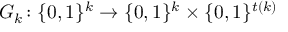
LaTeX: G _ { k } \colon \{ 0 , 1 \} ^ { k } \to \{ 0 , 1 \} ^ { k } \times \{ 0 , 1 \} ^ { t ( k ) }